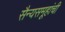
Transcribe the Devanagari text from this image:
सैन्यसमूहांची